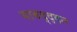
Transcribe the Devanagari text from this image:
याबद्द्दल